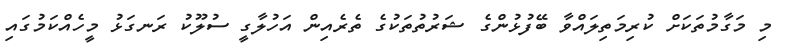
މި މަގާމުތަކަށް ކުރިމަތިލައްވާ ބޭފުޅުންގެ ޝަރުތުތަކުގެ ތެރެއިން އަހުލާގީ ސުލޫކު ރަނގަޅު މީހެއްކަމުގައި